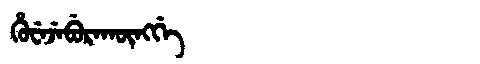
Manchu: ᡥᡠᠸᡝᠵᡝᠪᡠᡵᠠᡴᡡᠩᡤᡝ
Romanization: HUWEJEBURAKŪNGGE